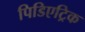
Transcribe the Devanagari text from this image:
पिडिएट्रिक